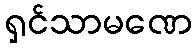
ရှင်သာမဏေ